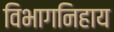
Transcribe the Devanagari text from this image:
विभागनिहाय